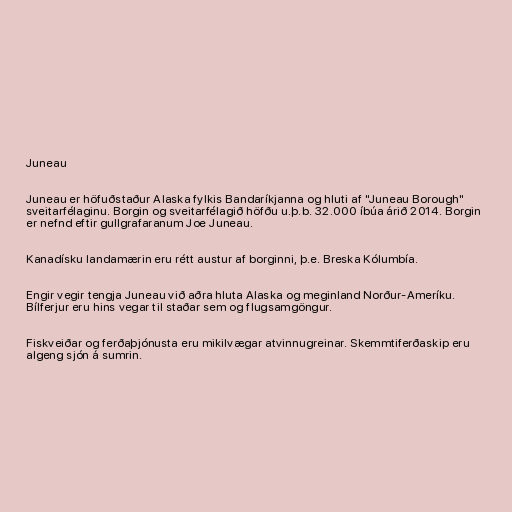
Juneau

Juneau er höfuðstaður Alaska fylkis Bandaríkjanna og hluti af "Juneau Borough"
sveitarfélaginu. Borgin og sveitarfélagið höfðu u.þ.b. 32.000 íbúa árið 2014. Borgin
er nefnd eftir gullgrafaranum Joe Juneau.

Kanadísku landamærin eru rétt austur af borginni, þ.e. Breska Kólumbía.

Engir vegir tengja Juneau við aðra hluta Alaska og meginland Norður-Ameríku.
Bílferjur eru hins vegar til staðar sem og flugsamgöngur.

Fiskveiðar og ferðaþjónusta eru mikilvægar atvinnugreinar. Skemmtiferðaskip eru
algeng sjón á sumrin.